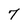
Character: 7